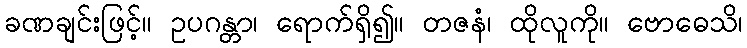
ခဏချင်းဖြင့်။ ဥပဂန္တာ၊ ရောက်ရှိ၍။ တဇနံ၊ ထိုလူကို။ ဗောဓေသိ၊